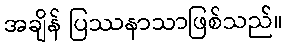
အချိန် ပြဿနာသာဖြစ်သည်။